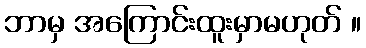
ဘာမှ အကြောင်းထူးမှာမဟုတ် ။